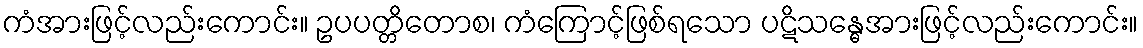
ကံအားဖြင့်လည်းကောင်း။ ဥပပတ္တိတောစ၊ ကံကြောင့်ဖြစ်ရသော ပဋိသန္ဓေအားဖြင့်လည်းကောင်း။